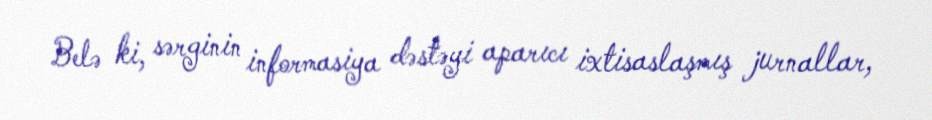
Belə ki, sərginin informasiya dəstəyi aparıcı ixtisaslaşmış jurnallar,